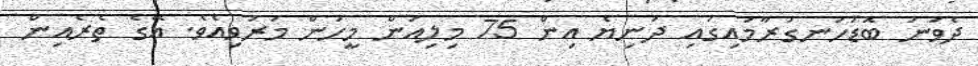
ދެވަނަ ބޮޑުހަނގުރާމައިގައި ދުނިޔެ އިން 75 މިލިއަން މީހުން މަރުވިއެވެ. އޭގެ ތެރެއިން